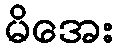
မိအေး